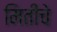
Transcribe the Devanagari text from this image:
मितींचे